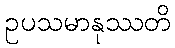
ဥပသမာနုဿတိ